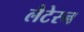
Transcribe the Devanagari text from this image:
लैटेरन